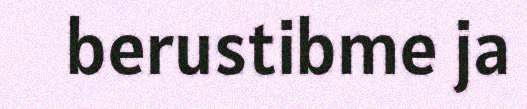
berustibme ja